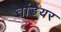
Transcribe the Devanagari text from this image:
तोंडेयर